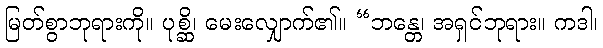
မြတ်စွာဘုရားကို။ ပုစ္ဆိ၊ မေးလျှောက်၏။ “ဘန္တေ၊ အရှင်ဘုရား။ ကဒါ၊